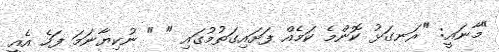
"މާނައީ: "ރަނގަޅު ކޮންމެ ކަމެއް ފަށައިގަތުމުގައި " " ނުކިޔާނަމަ ފަހެ އެއީ